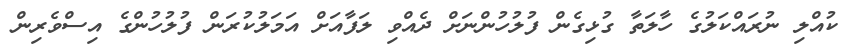
ކުއްލި ނުރައްކަލުގެ ހާލަތާ ގުޅިގެން ފުލުހުންނަށް ދެއްވި ލަފާއަށް އަމަލުކުރަން ފުލުހުންގެ އިސްވެރިން